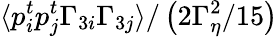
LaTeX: \langle p_{i}^{t}p_{j}^{t}\Gamma_{3i}\Gamma_{3j}\rangle/\left(2\Gamma_{\eta}^{2}/15\right)